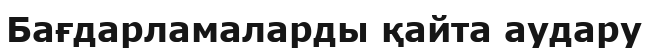
Бағдарламаларды қайта аудару